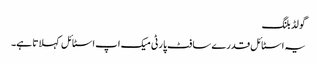
گو لڈ بلنگ
یہ اسٹا ئل قدرے سا فٹ پا رٹی میک اپ اسٹا ئل کہلا تا ہے۔